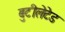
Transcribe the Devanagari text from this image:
बुटीलेटेड